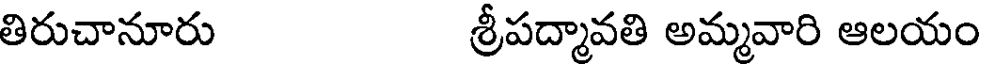
తిరుచానూరు శ్రీపద్మావతి అమ్మవారి ఆలయం